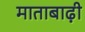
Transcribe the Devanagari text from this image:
माताबाढ़ी